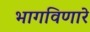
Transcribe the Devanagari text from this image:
भागविणारे